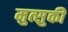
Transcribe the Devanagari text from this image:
मुत्सुकी